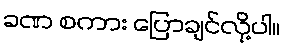
ခဏ စကား ပြောချင်လို့ပါ။